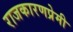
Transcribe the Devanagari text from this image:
राजकारणप्रेमी